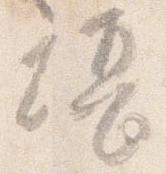
堪